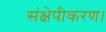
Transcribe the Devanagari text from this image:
संक्षेपीकरण।